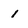
Character: 1